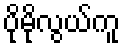
ပိုမိုလွယ်ကူ